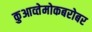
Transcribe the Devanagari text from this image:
कुआव्तेमोकबरोबर